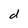
Character: d